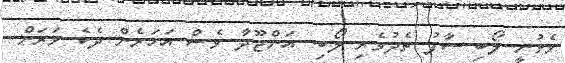
ވެވުނީ ލޯބި ސާފު ތެދުވެރި ލޯބި. އަންޖޫދާ ވެސް އަހަރެން ދެކެ ވަަރަށް